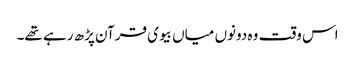
اس وقت وہ دونوں میاں بیوی قرآن پڑھ رہے تھے۔